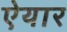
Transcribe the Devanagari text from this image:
ऐयार